Report of the King Institute of Preventive Medicine, Guindy
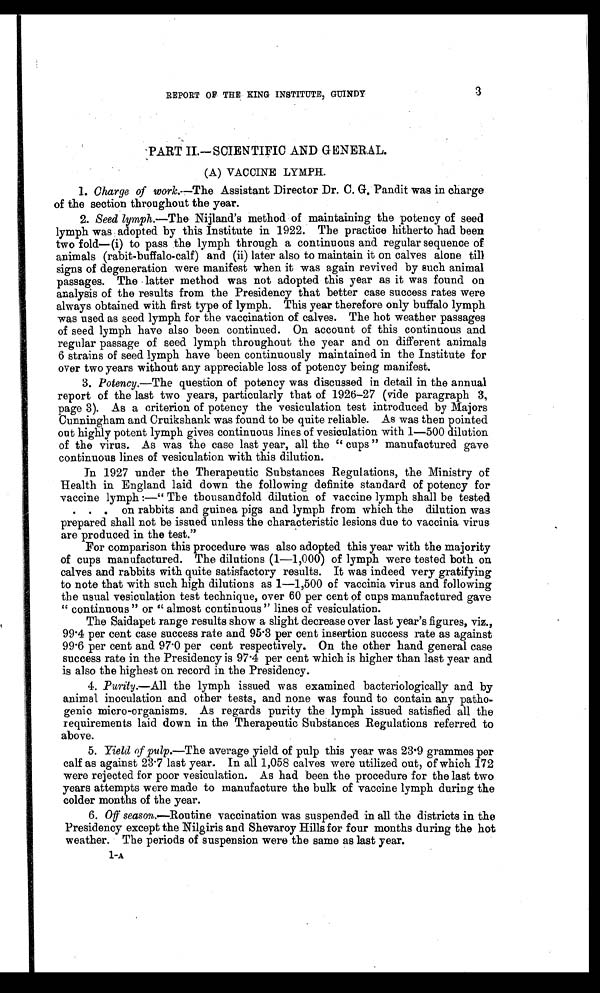
REPORT OF THE KING INSTITUTE, GUINDY
3
PART II.—SCIENTIFIC AND GENERAL.
(A) VACCINE LYMPH.
1. Charge of work. —The Assistant Director Dr. C. G. Pandit was in charge
of the section throughout the year.
2. Seed lymph. —The Nijland's method of maintaining the potency of seed
lymph was adopted by this Institute in 1922. The practice hitherto had been
two fold—(i) to pass the lymph through a continuous and regular sequence of
animals (rabit-buffalo-calf) and (ii) later also to maintain it on calves alone till
signs of degeneration were manifest when it was again revived by such animal
passages. The latter method was not adopted this year as it was found on
analysis of the results from the Presidency that better case success rates were
always obtained with first type of lymph. This year therefore only buffalo lymph
was used as seed lymph for the vaccination of calves. The hot weather passages
of seed lymph have also been continued. On account of this continuous and
regular passage of seed lymph throughout the year and on different animals
6 strains of seed lymph have been continuously maintained in the Institute for
over two years without any appreciable loss of potency being manifest.
3. Potency.—The question of potency was discussed in detail in the annual
report of the last two years, particularly that of 1926-27 (vide paragraph 3,
page 3). As a criterion of potency the vesiculation test introduced by Majors
Cunningham and Cruikshank was found to be quite reliable. As was then pointed
out highly potent lymph gives continuous lines of vesiculation with 1—500 dilution
of the virus. As was the case last year, all the "cups" manufactured gave
continuous lines of vesiculation with this dilution.
In 1927 under the Therapeutic Substances Regulations, the Ministry of
Health in England laid down the following definite standard of potency for
vaccine lymph :—"The thousandfold dilution of vaccine lymph shall be tested
. . . on rabbits and guinea pigs and lymph from which the dilution was
prepared shall not be issued unless the characteristic lesions due to vaccinia virus
are produced in the test."
For comparison this procedure was also adopted this year with the majority
of cups manufactured. The dilutions (1—1,000) of lymph were tested both on
calves and rabbits with quite satisfactory results. It was indeed very gratifying
to note that with such high dilutions as 1—1,500 of vaccinia virus and following
the usual vesiculation test technique, over 60 per cent of cups manufactured gave
"continuous" or "almost continuous" lines of vesiculation.
The Saidapet range results show a slight decrease over last year's figures, viz.,
99.4 per cent case success rate and 95.3 per cent insertion success rate as against
99.6 per cent and 97.0 per cent respectively. On the other hand general case
success rate in the Presidency is 97.4 per cent which is higher than last year and
is also the highest on record in the Presidency.
4. Purity.—All the lymph issued was examined bacteriologically and by
animal inoculation and other tests, and none was found to contain any patho-
genic micro-organisms. As regards purity the lymph issued satisfied all the
requirements laid down in the Therapeutic Substances Regulations referred to
above.
5. Yield of pulp.—The average yield of pulp this year was 23.9 grammes per
calf as against 23 . 7 last year. In all 1,058 calves were utilized out, of which 172
were rejected for poor vesiculation. As had been the procedure for the last two
years attempts were made to manufacture the bulk of vaccine lymph during the
colder months of the year.
6. Off season.—Routine vaccination was suspended in all the districts in the
Presidency except the Nilgiris and Shevaroy Hills for four months during the hot
weather. The periods of suspension were the same as last year.
1-A